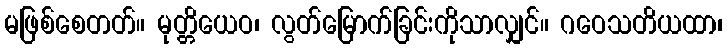
မဖြစ်စေတတ်။ မုတ္တိယေဝ၊ လွတ်မြောက်ခြင်းကိုသာလျှင်။ ဂဝေသတိယထာ၊